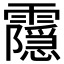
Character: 𬰔